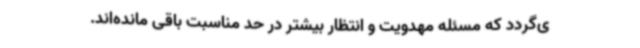
ی‌گردد که مسئله مهدویت و انتظار بیشتر در حد مناسبت باقی‌ مانده‌اند.